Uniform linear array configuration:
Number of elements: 16
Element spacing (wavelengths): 0.25
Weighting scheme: exponential
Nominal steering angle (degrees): -60
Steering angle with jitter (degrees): -61.272
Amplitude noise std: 0.05
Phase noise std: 0.05

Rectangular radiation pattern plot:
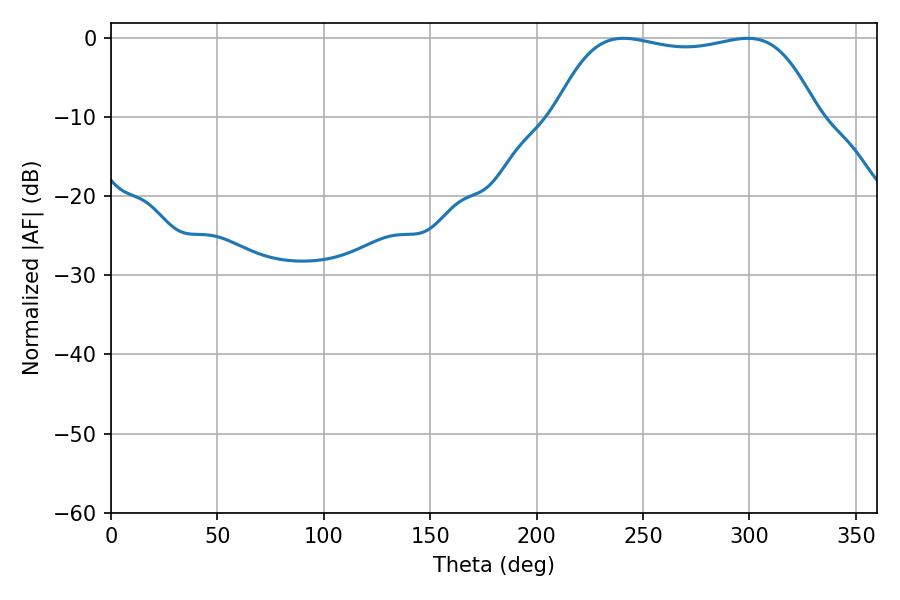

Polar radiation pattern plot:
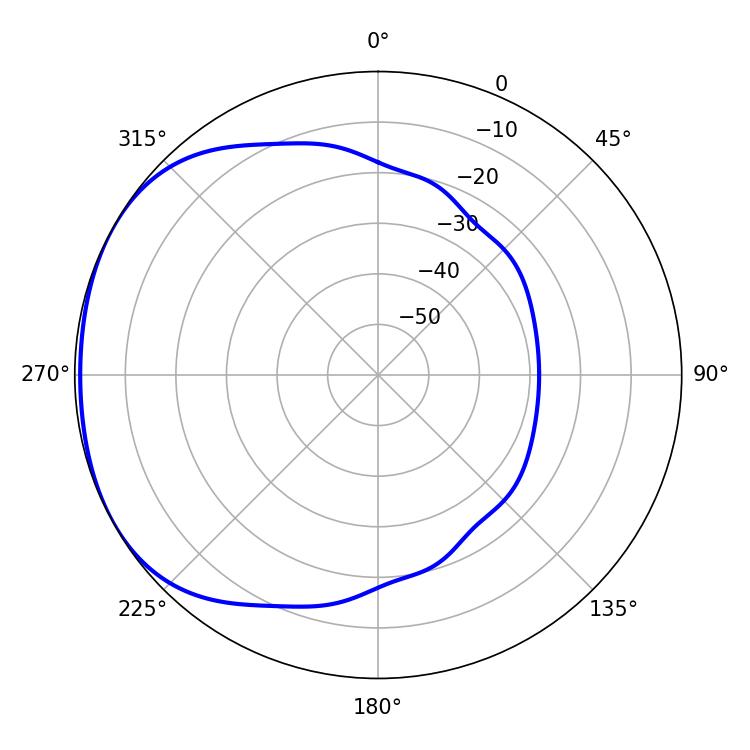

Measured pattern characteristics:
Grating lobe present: FALSE
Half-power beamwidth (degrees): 97.92
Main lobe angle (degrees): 240.84